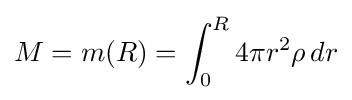
M=m(R)=\int _{0}^{R}4\pi r^{2}\rho \,dr